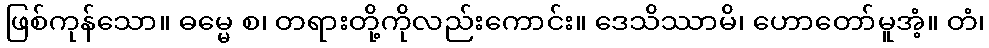
ဖြစ်ကုန်သော။ ဓမ္မေ စ၊ တရားတို့ကိုလည်းကောင်း။ ဒေသိဿာမိ၊ ဟောတော်မူအံ့။ တံ၊